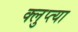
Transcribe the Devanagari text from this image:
क्लुप्त्या